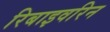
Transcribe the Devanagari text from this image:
रिबाइवरिन